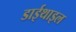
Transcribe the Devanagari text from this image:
डाईथाइल